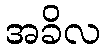
အခိလ